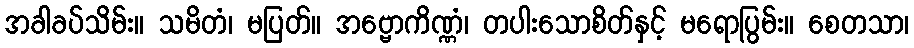
အခါခပ်သိမ်း။ သမိတံ၊ မပြတ်။ အဗ္ဗောကိဏ္ဏံ၊ တပါးသောစိတ်နှင့် မရောပြွမ်း။ စေတသာ၊